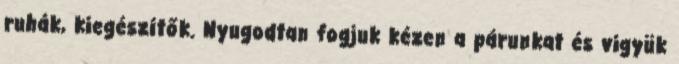
ruhák, kiegészítők. Nyugodtan fogjuk kézen a párunkat és vigyük